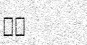
٨٦